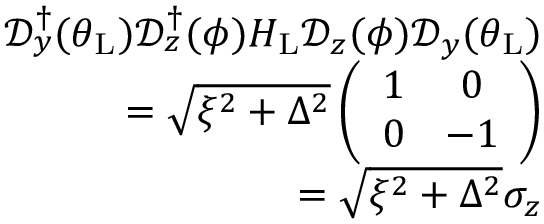
\begin{array} { r l r } & { } & { \mathcal { D } _ { y } ^ { \dagger } ( \theta _ { \mathrm { L } } ) \mathcal { D } _ { z } ^ { \dagger } ( \phi ) H _ { \mathrm { L } } \mathcal { D } _ { z } ( \phi ) \mathcal { D } _ { y } ( \theta _ { \mathrm { L } } ) } \\ & { } & { = \sqrt { \xi ^ { 2 } + \Delta ^ { 2 } } \left( \begin{array} { c c } { 1 } & { 0 } \\ { 0 } & { - 1 } \end{array} \right) } \\ & { } & { = \sqrt { \xi ^ { 2 } + \Delta ^ { 2 } } \sigma _ { z } } \end{array}